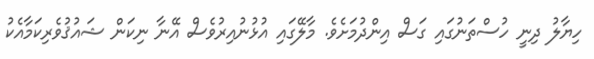
ހިޔާލު ދިނީ ހުސްތަނުގައި ގަސް އިންދުމަށެވެ. މާލޭގައި އުޅުނުއިރުވެސް އޭނާ ނިކަން ޝައުޤުވެރިކަމާއެކު